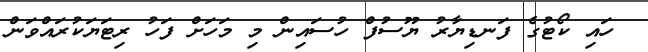
ހައި ކޯޓުގެ ފަނޑިޔާރު ޔޫސުފް ހުސައިން މި މަހަށް ފަހު ރިޓަޔަކުރައްވަން